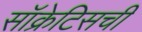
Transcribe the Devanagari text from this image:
सॉक्रेटिसची